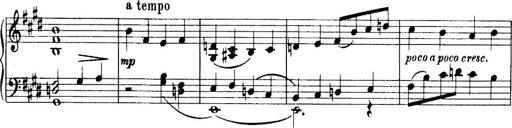
Title: 3 Sonatinas, Op.67
Composer: Jean Sibelius